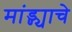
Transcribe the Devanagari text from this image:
मांड्ण्याचे